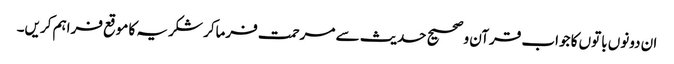
ان دونوں باتوں کا جواب قرآن و صحیح حدیث سے مرحمت فرماکر شکریہ کا موقع فراہم کریں۔